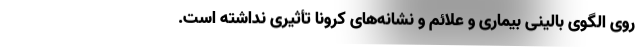
روی الگوی بالینی بیماری و علائم و نشانه‌‌های کرونا تأثیری نداشته است.